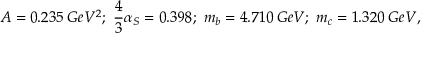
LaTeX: A = 0 . 2 3 5 \: G e V ^ { 2 } ; \; \frac { 4 } { 3 } \alpha _ { S } = 0 . 3 9 8 ; \; m _ { b } = 4 . 7 1 0 \: G e V ; \; m _ { c } = 1 . 3 2 0 \: G e V ,